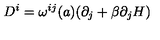
D ^ { i } = \omega ^ { i j } ( a ) ( \partial _ { j } + \beta \partial _ { j } H )